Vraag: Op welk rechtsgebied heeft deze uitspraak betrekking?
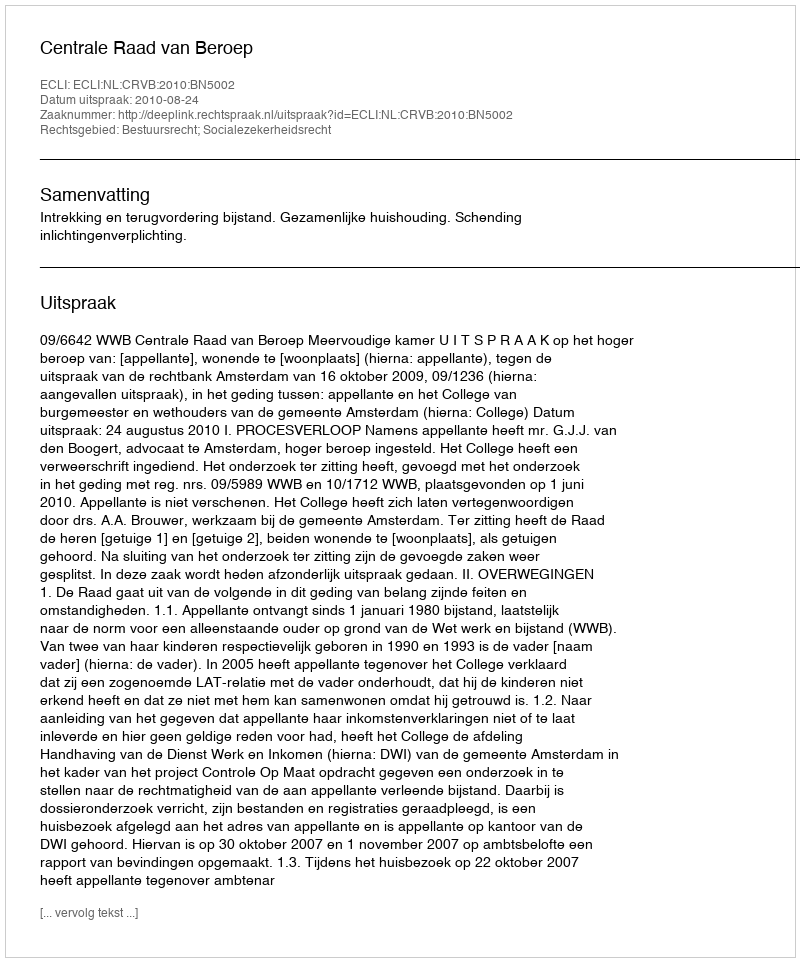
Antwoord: Bestuursrecht; Socialezekerheidsrecht